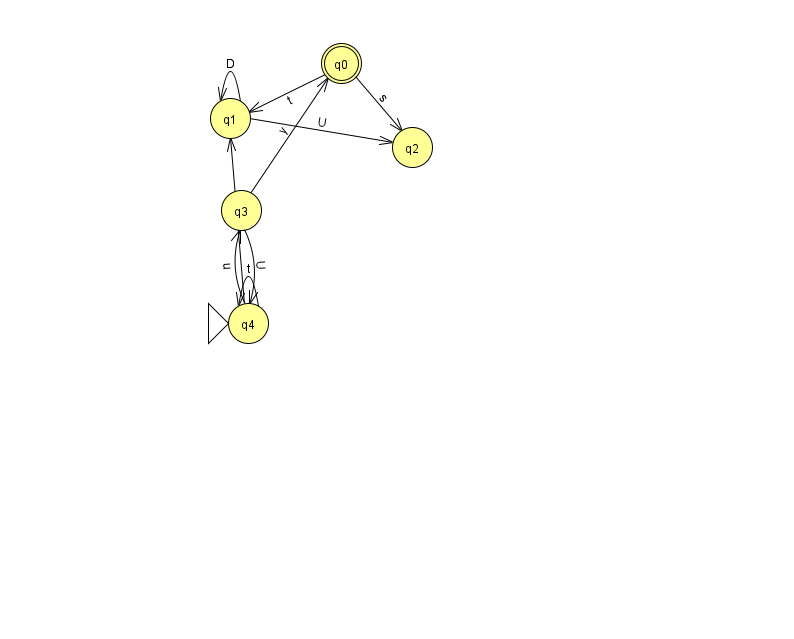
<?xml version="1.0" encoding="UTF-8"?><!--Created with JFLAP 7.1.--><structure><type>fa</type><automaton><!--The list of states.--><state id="0" name="q0"><x>341.0</x><y>50.0</y><final/></state><state id="1" name="q1"><x>230.0</x><y>105.0</y></state><state id="2" name="q2"><x>412.0</x><y>134.0</y></state><state id="3" name="q3"><x>241.0</x><y>197.0</y></state><state id="4" name="q4"><x>248.0</x><y>310.0</y><initial/></state><!--The list of transitions.--><transition><from>0</from><to>1</to><read>t</read></transition><transition><from>3</from><to>0</to><read>y</read></transition><transition><from>1</from><to>1</to><read>D</read></transition><transition><from>3</from><to>4</to><read>U</read></transition><transition><from>4</from><to>3</to><read>u</read></transition><transition><from>4</from><to>4</to><read>t</read></transition><transition><from>0</from><to>2</to><read>s</read></transition><transition><from>1</from><to>2</to><read>U</read></transition><transition><from>4</from><to>1</to><read>V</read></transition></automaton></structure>